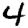
Digit: 4